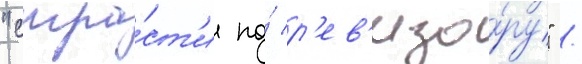
"стра́ст'и по́ р'ев'изо́ру" /